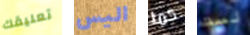
تعليقك اليس كما لست